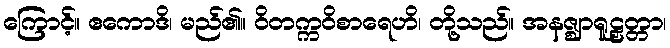
ကြောင့်။ ဧကောဒိ၊ မည်၏။ ဝိတက္ကဝိစာရေဟိ၊ တို့သည်။ အနဇ္ဈာရူဠှတ္တာ၊